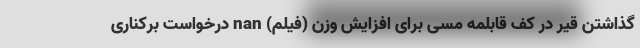
گذاشتن قیر در کف قابلمه مسی برای افزایش وزن (فیلم) nan درخواست برکناری